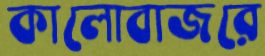
কালোবাজরে